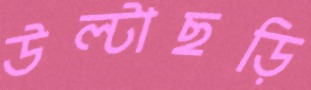
উল্টাছড়ি